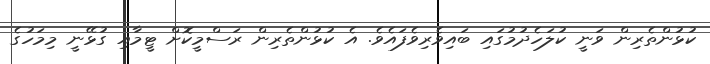
ކުޅުންތެރިން ވަނީ ކުލަހެދުމުގައި ބައިވެރިވެފައެވެ. އެ ކުޅުންތެރިން ރަސްމީކޮށް ޓީމާއި ގުޅޭނީ މިމަހުގެ